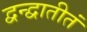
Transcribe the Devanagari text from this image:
द्वन्द्वातीतं